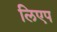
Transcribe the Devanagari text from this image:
लिएप